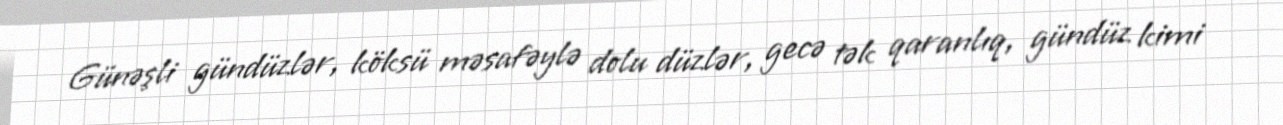
Günəşli gündüzlər, köksü məsafəylə dolu düzlər, gecə tək qaranlıq, gündüz kimi